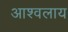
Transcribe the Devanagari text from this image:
आश्वलाय